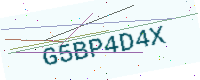
Text: G5BP4D4X